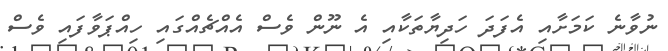
ނުވާނެ ކަމަށާއި އެފަދަ ހަދިޔާތަކާއި އެ ނޫން ވެސް އެއްޗެއްގައި ހިއްޕަވާފައި ވެސް